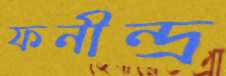
ফনীন্দ্র